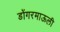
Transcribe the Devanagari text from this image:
डोंगरमाऊली